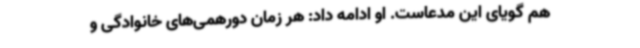
هم گویای این مدعاست. او ادامه داد: هر زمان دورهمی‌های خانوادگی و